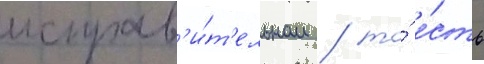
исправ'и́т'ельном / то́ е́сть